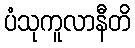
ပံသုကူလာနီတိ